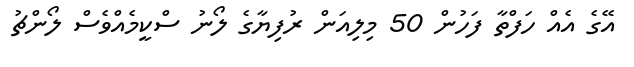
އޭގެ އެއް ހަފްތާ ފަހުން 50 މިލިއަން ރުފިޔާގެ ލޯނު ސްކީމެއްވެސް ލޯންޗު